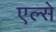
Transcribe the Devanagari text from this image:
एल्से